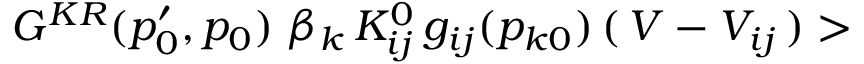
G ^ { K R } ( p _ { 0 } ^ { \prime } , p _ { 0 } ) \, \, \beta _ { k } \, K _ { i j } ^ { 0 } \, g _ { i j } ( p _ { k 0 } ) \, ( \, V - V _ { i j } \, ) >